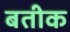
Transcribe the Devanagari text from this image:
बतीक